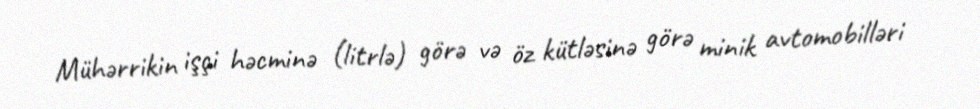
Mühərrikin işçi həcminə (litrlə) görə və öz kütləsinə görə minik avtomobilləri